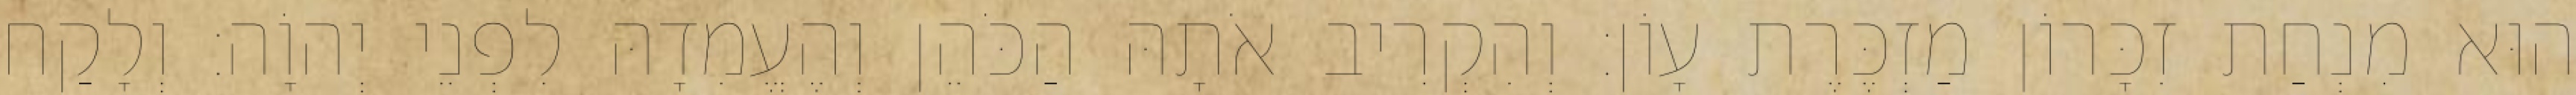
הוּא מִנְחַת זִכָּרוֹן מַזְכֶּרֶת עָוֹן׃ וְהִקְרִיב אֹתָהּ הַכֹּהֵן וְהֶעֱמִדָהּ לִפְנֵי יְהוָֹה׃ וְלָקַח